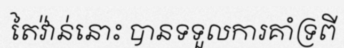
តៃវ៉ាន់នោះ បានទទួលការគាំទ្រពី